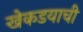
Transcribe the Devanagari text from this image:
खेकडयाची